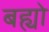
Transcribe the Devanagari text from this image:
बह्यो